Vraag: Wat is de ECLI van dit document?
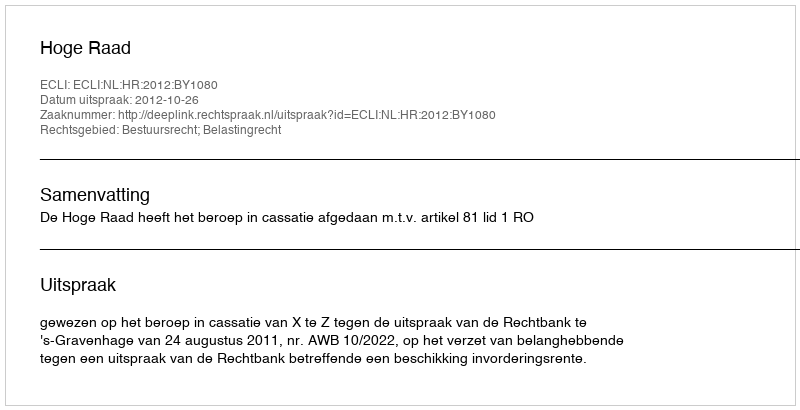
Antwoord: ECLI:NL:HR:2012:BY1080